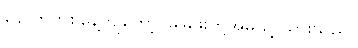
နောက်တစ်နေ့ကျတော့ မြမြဖူးတို့အိမ်သို့ သွားသည်။